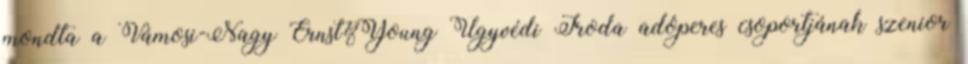
mondta a Vámosi-Nagy Ernst&Young Ügyvédi Iroda adóperes csoportjának szenior